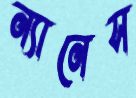
ন্যানেস